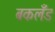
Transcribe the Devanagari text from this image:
बकलँड